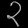
Digit: ၃